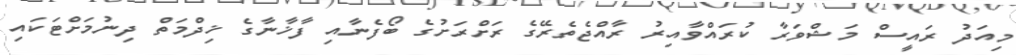
މިއަދު ރައީސް މަޝްވަރާ ކުރައްވާއިރު ރާއްޖެތެރޭގެ ރަށްރަށުގެ ބޯފެނާއި ފާޚާނާގެ ޚިދްމަތް ދިނުމަށްޓަކައި